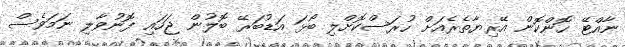
ނާއްޓޭ ހޮންކޮން އޭރިޔާތެރެއަށް ހުރަސްކޮށްލި ބޯޅަ އަޑުބަރޭ ބޮލުން ޖަހައި ފޮނުވާލި ނަމަވެސް